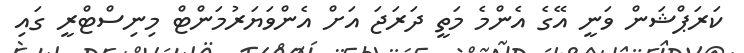
ކަރަޕްޝަން ވަނީ އޭގެ އެންމެ މަތީ ދަރަޖަ އަށް އެންވަޔަރުމަންޓް މިނިސްޓްރީ ގައި